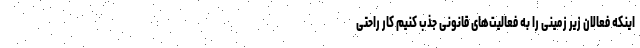
اینکه فعالان زیر زمینی را به فعالیت‌های قانونی جذب کنیم کار راحتی